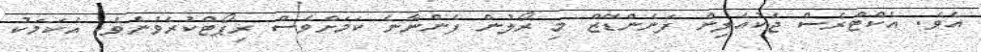
އެވެ. އެކްޓްރެސް ޖެކުއެލިން ފަނެންޑޭޒް މި ރޯލުން ފެންނާނެ ކަމަށްވެސް ރިޕޯޓްކުރެވުނެވެ. އެކަމަކު